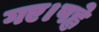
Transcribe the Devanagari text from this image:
गए।पह्ले